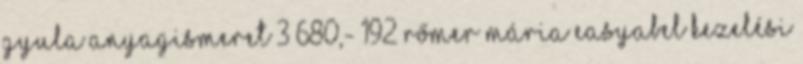
GYULA ANYAGISMERET 3 680,- 192 RŐMER MÁRIA EASYABEL KEZELÉSI